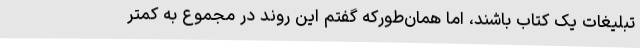
تبلیغات یک کتاب باشند، اما همان‌طورکه گفتم این روند در مجموع به کمتر